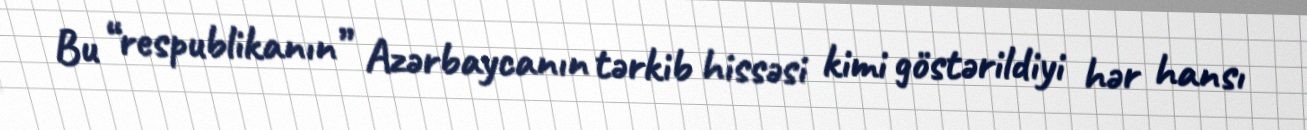
Bu “respublikanın” Azərbaycanın tərkib hissəsi kimi göstərildiyi hər hansı